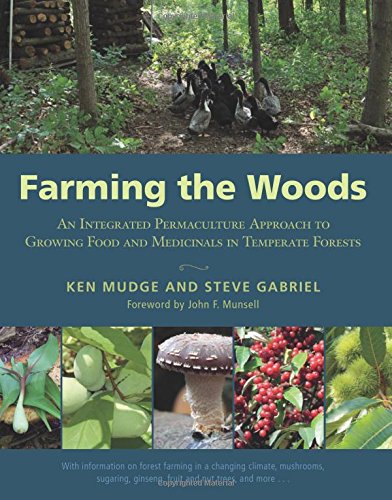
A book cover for Farming the Woods: An Integrated Permaculture Approach to Growing Food and Medicinals in Temperate Forests; Ken Mudge; Crafts, Hobbies & Home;